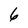
Character: 6